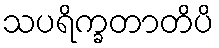
သပရိက္ခတာတိပိ